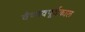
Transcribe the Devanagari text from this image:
वैष्णवपूर्वकाल